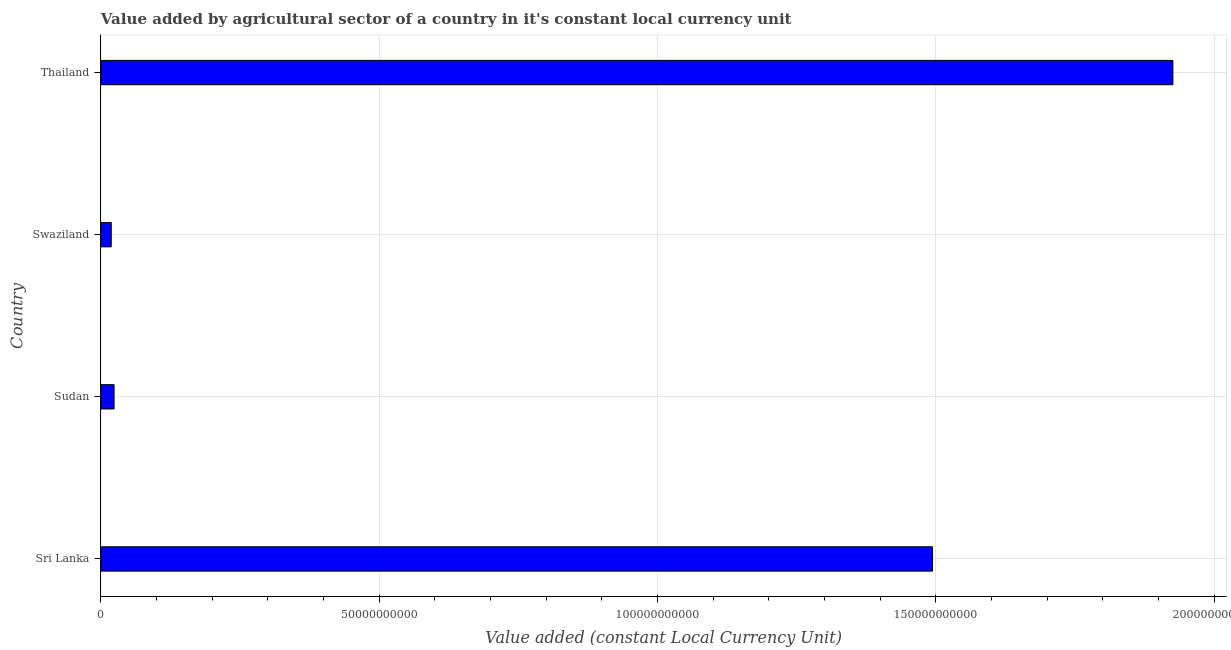
| Country | Agriculture |
 | --- | --- |
 | Sri Lanka | 1.49e+11 |
 | Sudan | 2.35e+09 |
 | Swaziland | 1.84e+09 |
 | Thailand | 1.93e+11 |